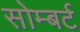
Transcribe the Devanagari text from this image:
सोम्बर्ट